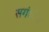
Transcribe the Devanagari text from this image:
सगंधीय